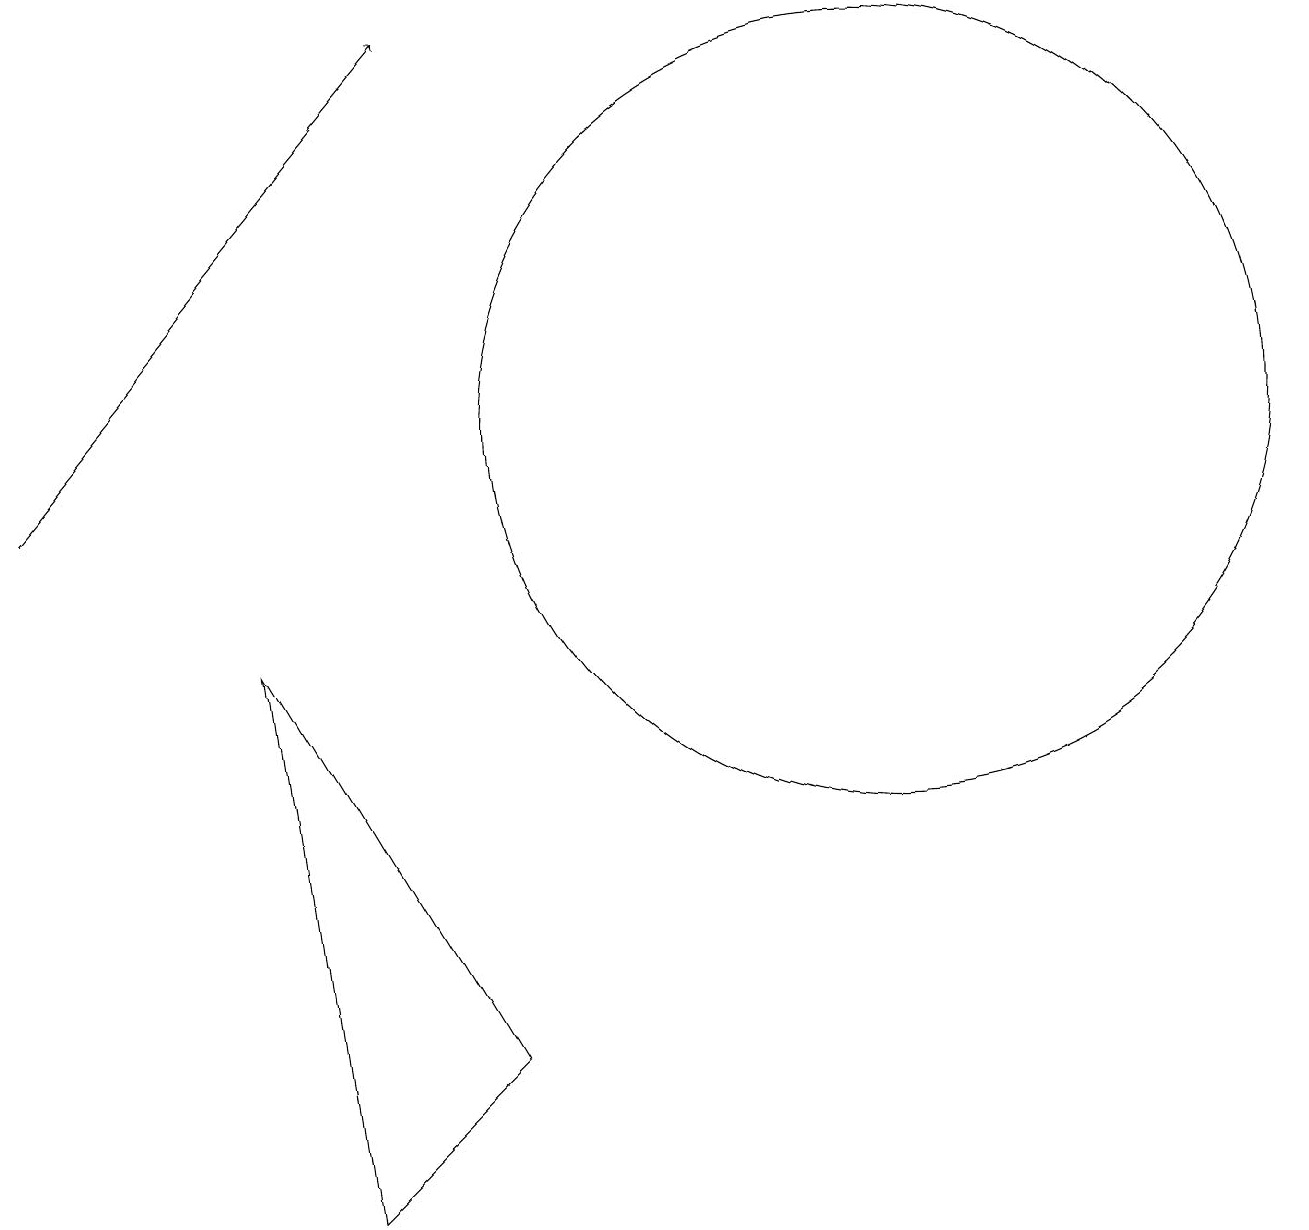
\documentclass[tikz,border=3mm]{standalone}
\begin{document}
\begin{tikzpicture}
\draw (12,11) circle (5);
\draw[->] (1,10) -- (6,16);
\draw (7,3) -- (5,1) -- (4,8) -- cycle;
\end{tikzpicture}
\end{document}